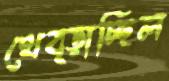
থেব্‌ড়াচ্ছিল